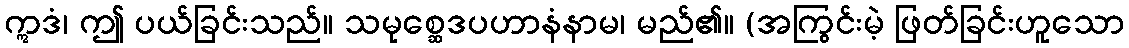
ဣဒံ၊ ဤ ပယ်ခြင်းသည်။ သမုစ္ဆေဒပဟာနံနာမ၊ မည်၏။ (အကြွင်းမဲ့ ဖြတ်ခြင်းဟူသော